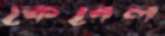
কেবেল